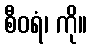
စီဝရံ၊ ကို။